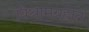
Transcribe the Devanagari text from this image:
विश्रामग्रहात